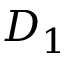
D _ { 1 }